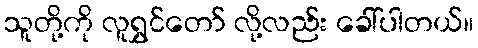
သူတို့ကို လူရွှင်တော် လို့လည်း ခေါ်ပါတယ်။